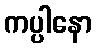
ကပ္ပါနော